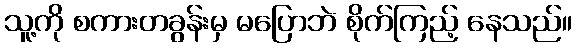
သူ့ကို စကားတခွန်းမှ မပြောဘဲ စိုက်ကြည့် နေသည်။